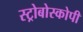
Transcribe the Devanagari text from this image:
स्ट्रोबोस्कोपी